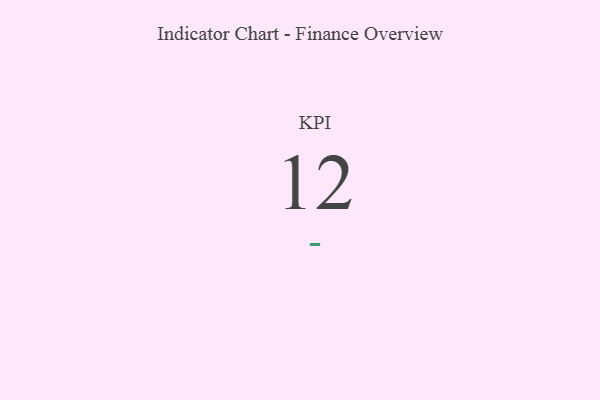
{"axis": {"x": "KPI", "y": "Value"}, "legend": [""], "data": [{"x": "KPI", "y": 12, "type": ""}]}